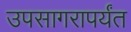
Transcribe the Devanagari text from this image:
उपसागरापर्यंत